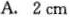
A. 2cm